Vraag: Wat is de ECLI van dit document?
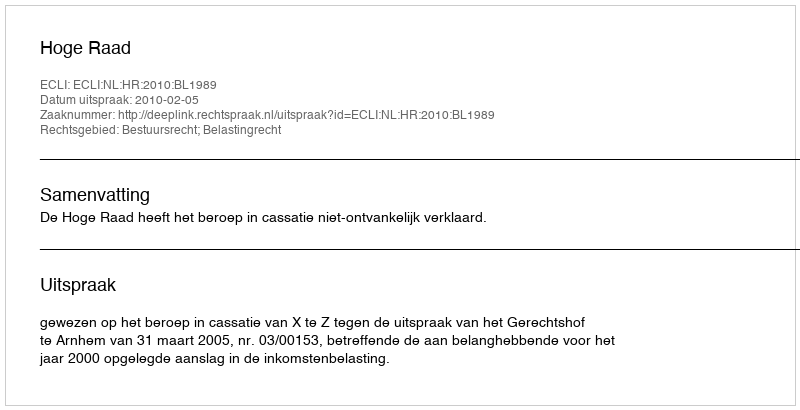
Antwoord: ECLI:NL:HR:2010:BL1989